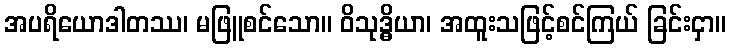
အပရိယောဒါတဿ၊ မဖြူစင်သော။ ဝိသုဒ္ဓိယာ၊ အထူးသဖြင့်စင်ကြယ် ခြင်းငှာ။